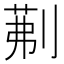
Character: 𭃾